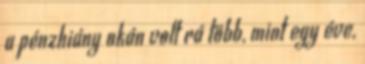
a pénzhiány okán volt rá több, mint egy éve,